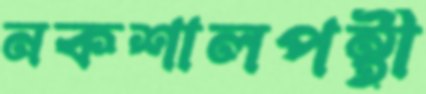
নকশালপন্থী